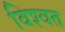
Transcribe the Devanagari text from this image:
विश्‍वत